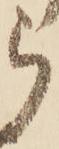
ら